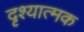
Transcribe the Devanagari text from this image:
दृश्‍यात्मक